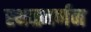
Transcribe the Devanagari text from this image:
स्थळवर्णन